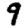
Digit: 9